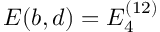
E ( b , d ) = E _ { 4 } ^ { ( 1 2 ) }